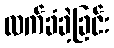
လက်ခံခဲ့ခြင်း